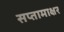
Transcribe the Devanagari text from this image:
सप्तामाक्षर